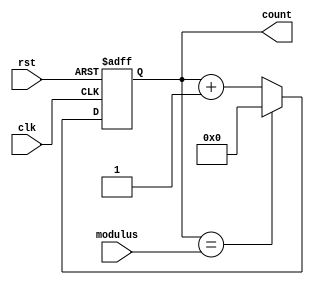
module ModulusCounter (
    input wire clk,
    input wire rst,
    input wire [7:0] modulus, // specify the modulus value here
    output reg [7:0] count
);

always @(posedge clk or posedge rst) begin
    if (rst) begin
        count <= 8'h00; // set count back to zero on reset
    end else begin
        if (count == modulus) begin
            count <= 8'h00; // reset count back to zero when it reaches modulus
        end else begin
            count <= count + 1; // increment count on each clock cycle
        end
    end
end

endmodule